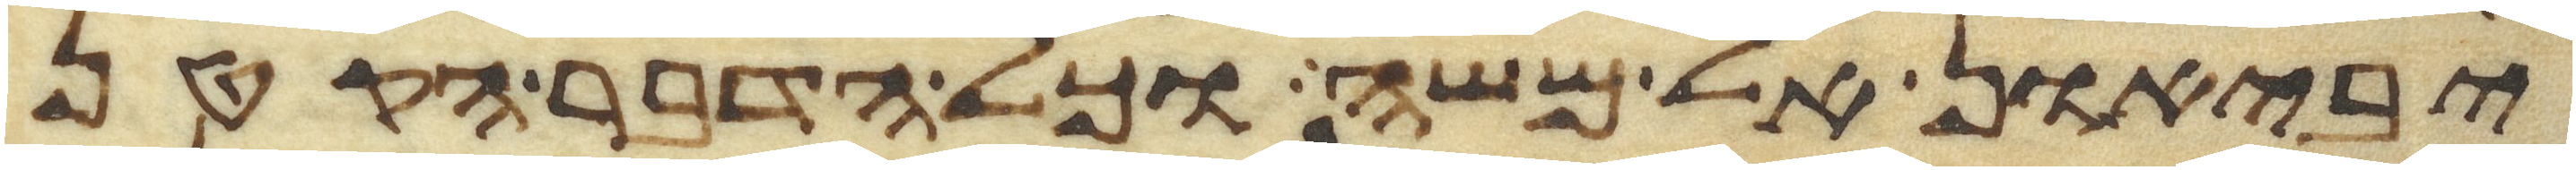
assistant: יביאון אל משה וכל הדבר הקטן